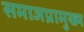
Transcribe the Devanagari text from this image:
समाजप्रामुख्य